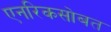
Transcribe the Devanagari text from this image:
एनरिकसोबत